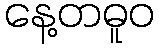
နေ့တဓူဝ